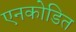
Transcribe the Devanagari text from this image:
एनकोडित